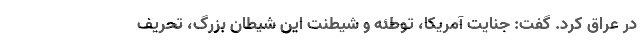
در عراق کرد. گفت: جنایت آمریکا، توطئه و شیطنت این شیطان بزرگ، تحریف